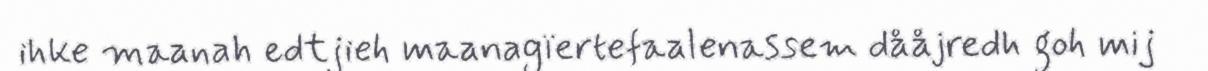
ihke maanah edtjieh maanagïertefaalenassem dååjredh goh mij